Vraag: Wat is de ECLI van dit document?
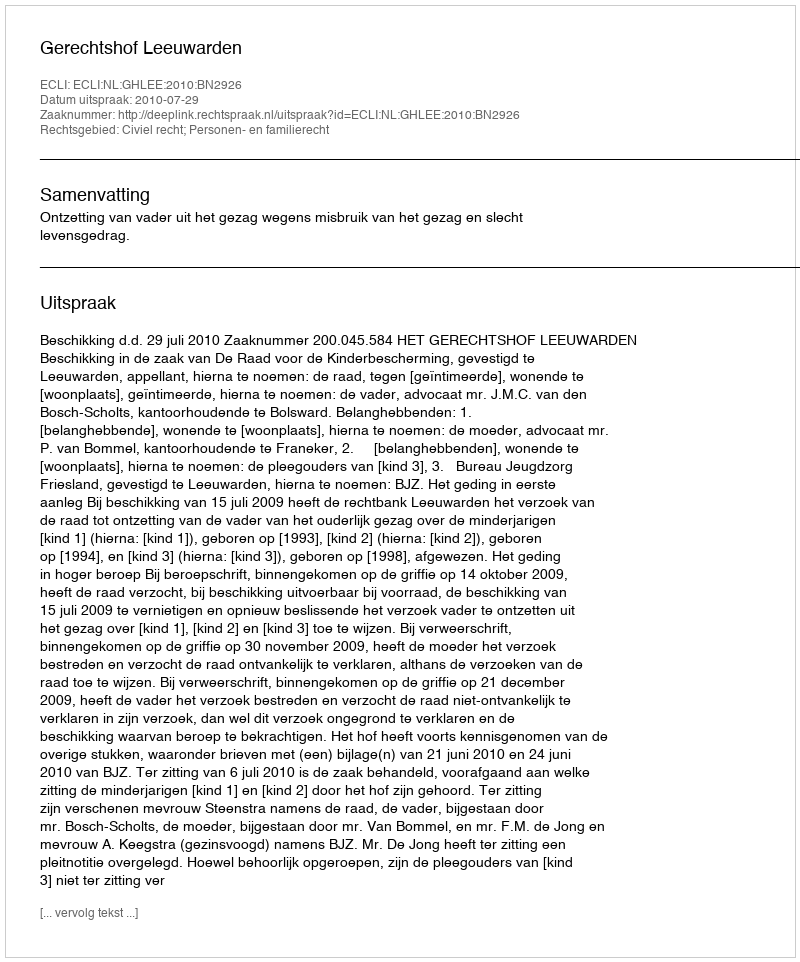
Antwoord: ECLI:NL:GHLEE:2010:BN2926